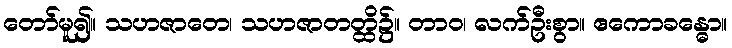
တော်မူ၍။ သဟဇာတေ၊ သဟဇာတတ္ထိ၌။ တာဝ၊ လက်ဦးစွာ။ ဧကောခန္ဓော။